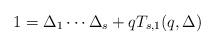
LaTeX: \begin{align*}1=\Delta _1\cdots \Delta _s+qT_{s,1}(q,\Delta )\end{align*}